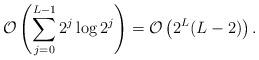
LaTeX: \begin{align*} {\mathcal O} \left(\sum_{j=0}^{L-1} 2^{j} \log 2^{j} \right) = {\mathcal O}\left(2^{L}(L-2)\right) .\end{align*}